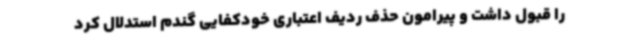
را قبول داشت و پیرامون حذف ردیف اعتباری خودکفایی گندم استدلال کرد